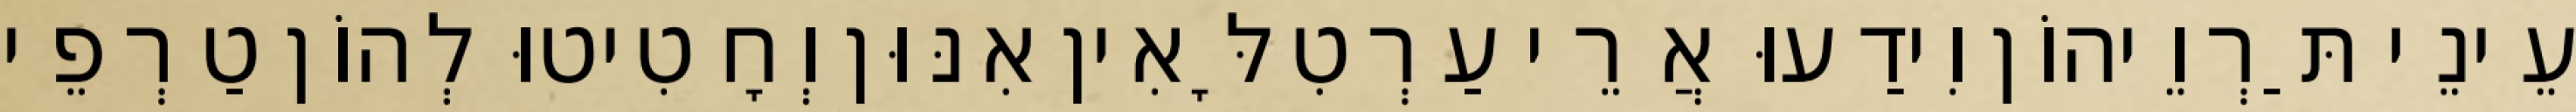
עֵינֵי תַּרְוֵיהוֹן וִידַעוּ אֲרֵי עַרְטִלָּאִין אִנּוּן וְחָטִיטוּ לְהוֹן טַרְפֵי